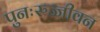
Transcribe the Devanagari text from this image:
पुनःरुज्जीवन